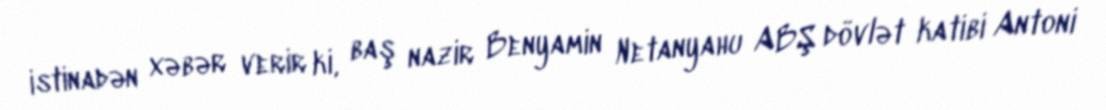
istinadən xəbər verir ki, baş nazir Benyamin Netanyahu ABŞ dövlət katibi Antoni